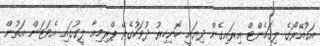
އަގުއޭރޯގެ ލިގަމެންޓް އިރައިގެން ދިޔައީ ހޮނިހިރު ދުވަހުގެރޭ ޕްރިމިއާ ލީގުގައި އެވަޓަން އަތުން